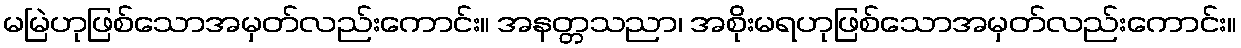
မမြဲဟုဖြစ်သောအမှတ်လည်းကောင်း။ အနတ္တသညာ၊ အစိုးမရဟုဖြစ်သောအမှတ်လည်းကောင်း။